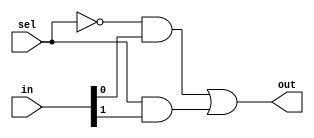
/*--  *******************************************************
--  Computer Architecture Course, Laboratory Sources 
--  Amirkabir University of Technology (Tehran Polytechnic)
--  Department of Computer Engineering (CE-AUT)
--  https://ce[dot]aut[dot]ac[dot]ir
--  *******************************************************
--  All Rights reserved (C) 2020-2021
--  *******************************************************
--  Student ID  :     9829039   - 9831007 - 9831059
--  Student Name:     Pouya     - Mehran  - Abolfazl
--  Student Lastname: Mohammadi - Aksari  - Moradi Feijani
--  *******************************************************
--  Additional Comments:
--
--*/

/*-----------------------------------------------------------
---  Module Name: multiplexer2x1
-----------------------------------------------------------*/
module multiplexer2x1_vesion2 (
	input [1:0] in ,
	input sel ,
	output out
);
	
	wire selnot;
	not (selnot, sel);

	wire w1, w0;
	and (w0, selnot, in[0]),
	    (w1, sel, in[1]);
		 
	or (out, w0, w1);  
	
endmodule